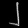
Digit: ၂